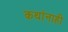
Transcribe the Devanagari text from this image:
कथांनाही